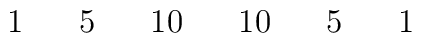
\begin{array}{ccccccccccccccccc}&&&1&&5&&10&&10&&5&&1&&&\\\end{array}